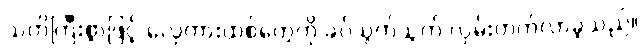
သတိကြီးစွာဖြင့် လှေကားထစ်တွေကို ခပ်သွက်သွက် လှမ်းတက်လာခဲ့သည်။